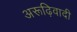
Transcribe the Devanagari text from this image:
अरूढ़िवादी